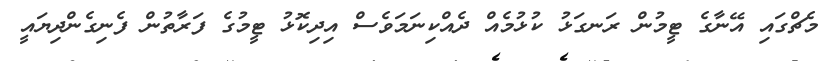
މެޗްގައި އޭނާގެ ޓީމުން ރަނގަޅު ކުޅުމެއް ދެއްކިނަމަވެސް އިދިކޮޅު ޓީމުގެ ފަރާތުން ފެނިގެންދިޔައީ